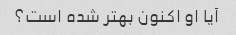
آیا او اکنون بهتر شده است؟